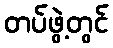
တပ်ဖွဲ့တွင်